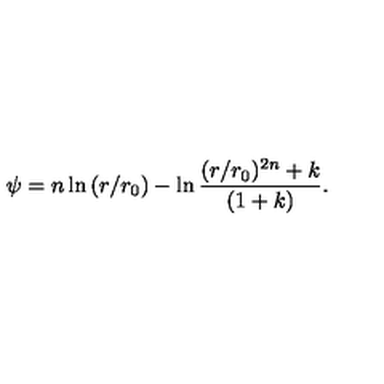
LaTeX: \psi = n \ln { ( r / r _ { 0 } ) } - \ln { \frac { ( r / r _ { 0 } ) ^ { 2 n } + k } { ( 1 + k ) } } .